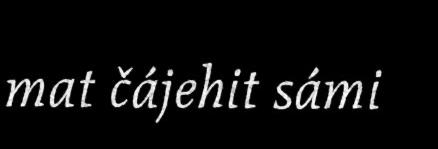
mat čájehit sámi